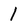
Character: 1